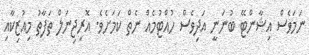
ނަމަވެސް އިޝާންޓޭ ބުނަނީ އަދިވެސް ހުއްޓުމެއް ނެތް ކަމަށެވެ. އޮރިޖިނަލް ތަފާތު މިއުޒިކާއި